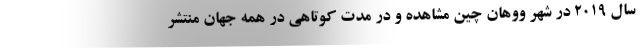
سال ۲۰۱۹ در شهر ووهان چین مشاهده و در مدت کوتاهی در همه جهان منتشر